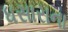
ધસારાના